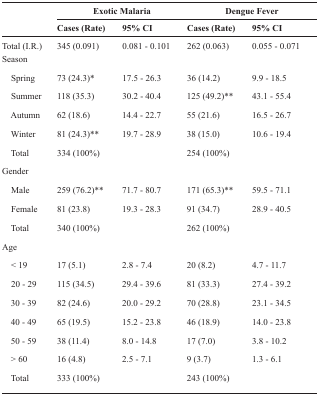
| <ROWSPAN=2>  | <COLSPAN=2> Exotic Malaria | <COLSPAN=2> Dengue Fever |
 | Cases (Rate) | 95% CI | Cases (Rate) | 95% CI |
 | --- | --- | --- | --- | --- |
 | Total (I.R.) | 345 (0.091) | 0.081 - 0.101 | 262 (0.063) | 0.055 - 0.071 |
 | Season |  |  |  |  |
 | Spring | 73 (24.3)* | 17.5 - 26.3 | 36 (14.2) | 9.9 - 18.5 |
 | Summer | 118 (35.3) | 30.2 - 40.4 | 125 (49.2)** | 43.1 - 55.4 |
 | Autumn | 62 (18.6) | 14.4 - 22.7 | 55 (21.6) | 16.5 - 26.7 |
 | Winter | 81 (24.3)** | 19.7 - 28.9 | 38 (15.0) | 10.6 - 19.4 |
 | Total | 334 (100%) |  | 254 (100%) |  |
 | Gender |  |  |  |  |
 | Male | 259 (76.2)** | 71.7 - 80.7 | 171 (65.3)** | 59.5 - 71.1 |
 | Female | 81 (23.8) | 19.3 - 28.3 | 91 (34.7) | 28.9 - 40.5 |
 | Total | 340 (100%) |  | 262 (100%) |  |
 | Age |  |  |  |  |
 | < 19 | 17 (5.1) | 2.8 - 7.4 | 20 (8.2) | 4.7 - 11.7 |
 | 20 - 29 | 115 (34.5) | 29.4 - 39.6 | 81 (33.3) | 27.4 - 39.2 |
 | 30 - 39 | 82 (24.6) | 20.0 - 29.2 | 70 (28.8) | 23.1 - 34.5 |
 | 40 - 49 | 65 (19.5) | 15.2 - 23.8 | 46 (18.9) | 14.0 - 23.8 |
 | 50 - 59 | 38 (11.4) | 8.0 - 14.8 | 17 (7.0) | 3.8 - 10.2 |
 | > 60 | 16 (4.8) | 2.5 - 7.1 | 9 (3.7) | 1.3 - 6.1 |
 | Total | 333 (100%) |  | 243 (100%) |  |